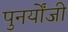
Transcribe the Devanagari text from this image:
पुनर्योंजी